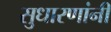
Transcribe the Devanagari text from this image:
सुधारणांनी